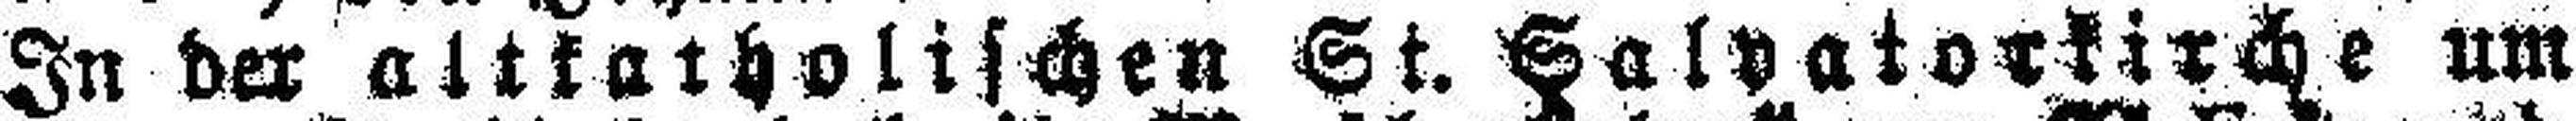
In der altkatholischen St. Salvatorkirche um